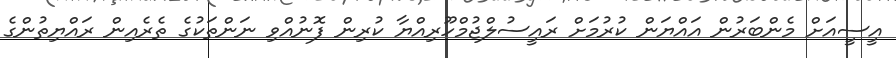
އީސީއަށް މެންބަރުން އައްޔަން ކުރުމަށް ރައީސުލްޖުމްހޫރިއްޔާ ކުރިން ފޮނުއްވި ނަންތަކުގެ ތެރެއިން ރައްޔިތުންގެ